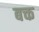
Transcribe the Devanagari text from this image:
बक्त